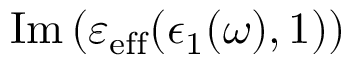
\operatorname { I m } \left( \varepsilon _ { \mathrm { e f f } } ( \epsilon _ { 1 } ( \omega ) , 1 ) \right)